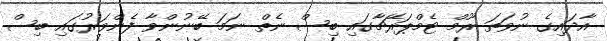
އާދައިގެ ނުވަތަ ރޫމް ޓެމްޕަރޭޗާގައި ބިސް ނެތް ނަމަ ބޭނުންވާ ފެންވަރުގައި ބިސް